Lunatic asylums in Bengal annual reports 1912-1924 - 1912-1924
Year: 1912
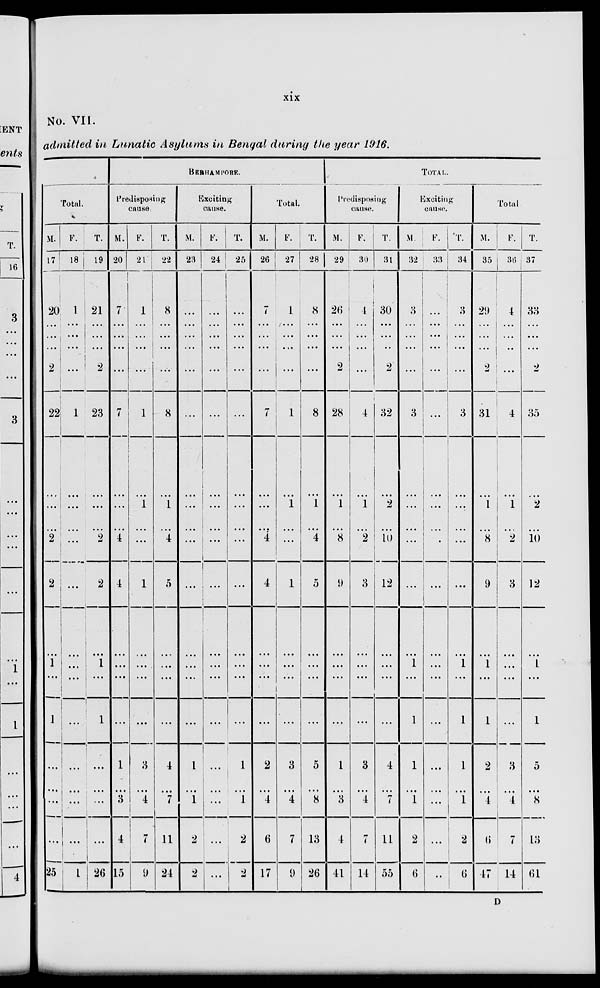
xix
No. VII.
admitted in Lunatic Asylums in Bengal during the year 1916.
Total.
M.
17
20
...
...
...
2
22
...
...
...
2
2
...
1
...
1
...
...
...
...
25
F.
18
1
...
...
...
...
1
...
...
...
...
...
...
...
...
...
...
...
...
...
1
T.
19
21
...
...
...
2
23
...
...
...
2
2
...
1
...
1
...
...
...
...
26
BERHAMPORE.
Predisposing
cause.
M.
20
7
...
...
...
...
7
...
...
...
4
4
...
...
...
...
1
...
3
4
15
F.
21
1
...
...
...
...
1
...
1
...
...
1
...
...
...
...
3
...
4
7
9
T.
22
8
...
...
...
...
8
...
1
...
4
5
...
...
...
...
4
...
7
11
24
Exciting
cause.
M.
23
...
...
...
...
...
...
...
...
...
...
...
...
...
...
...
1
...
1
2
2
F.
24
...
...
...
...
...
...
...
...
...
...
...
...
...
...
...
...
...
...
...
...
T.
25
...
...
...
...
...
...
...
...
...
...
...
...
...
...
...
1
...
1
2
2
Total.
M.
26
7
...
...
...
...
7
...
...
...
4
4
...
...
...
...
2
...
4
6
17
F.
27
1
...
...
...
...
1
...
1
...
...
1
...
...
...
...
3
...
4
7
9
T.
28
8
...
...
...
...
8
...
1
...
4
5
...
...
...
...
5
...
8
13
26
TOTAL.
Predisposing
cause.
M.
29
26
...
...
...
2
28
...
1
...
8
9
...
...
...
...
1
...
3
4
41
F.
30
4
...
...
...
...
4
...
1
...
2
3
...
...
...
...
3
...
4
...
14
T.
31
30
...
...
...
2
32
...
2
...
10
12
...
...
...
...
4
...
7
11
55
Exciting
cause.
M
32
3
...
...
...
...
3
...
...
...
...
...
...
1
...
1
1
...
1
2
6
F.
33
...
...
...
...
...
...
...
...
...
...
...
...
...
...
...
...
...
...
...
..
T.
34
3
...
...
...
...
3
...
...
...
...
...
...
1
...
1
1
...
1
2
6
Total
M.
35
29
...
...
...
2
31
...
1
...
8
9
...
1
...
1
2
...
4
6
47
F.
36
4
...
...
...
...
4
...
1
...
2
3
...
...
...
...
3
...
4
7
14
T.
37
33
...
...
...
2
35
...
2
...
10
12
...
1
...
1
5
...
8
13
61
D